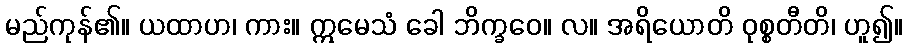
မည်ကုန်၏။ ယထာဟ၊ ကား။ ဣမေသံ ခေါ ဘိက္ခဝေ။ လ။ အရိယောတိ ဝုစ္စတီတိ၊ ဟူ၍။